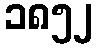
၁၈၅၂